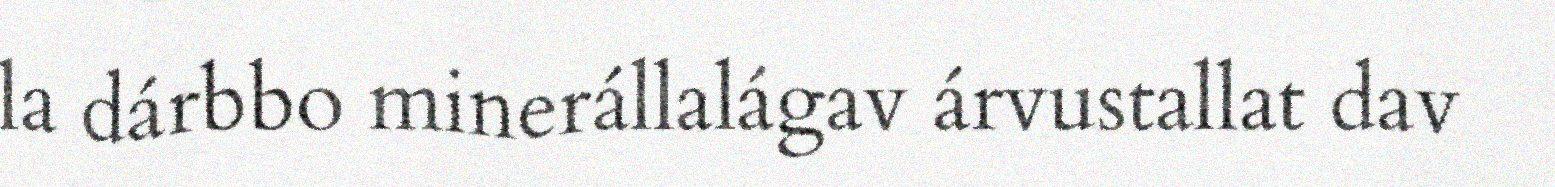
la dárbbo minerállalágav árvustallat dav